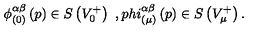
\phi _ { ( 0 ) } ^ { \alpha \beta } \left( p \right) \in S \left( V _ { 0 } ^ { + } \right) \ , p h i _ { ( \mu ) } ^ { \alpha \beta } \left( p \right) \in S \left( V _ { \mu } ^ { + } \right) .